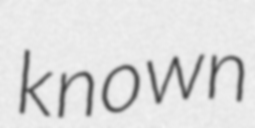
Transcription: known